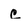
Character: c